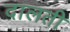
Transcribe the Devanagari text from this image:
दालती